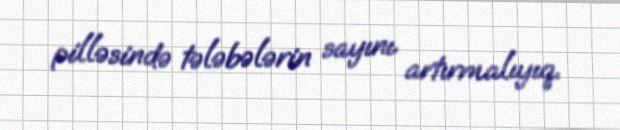
pilləsində tələbələrin sayını artırmalıyıq.